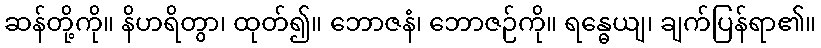
ဆန်တို့ကို။ နိဟရိတွာ၊ ထုတ်၍။ ဘောဇနံ၊ ဘောဇဉ်ကို။ ရန္ဓေယျ၊ ချက်ပြန်ရာ၏။